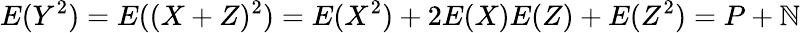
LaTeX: E(Y^{2})=E((X+Z)^{2})=E(X^{2})+2E(X)E(Z)+E(Z^{2})=P+\mathbb{N}\,